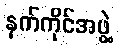
နက်ကိုင်အဖွဲ့